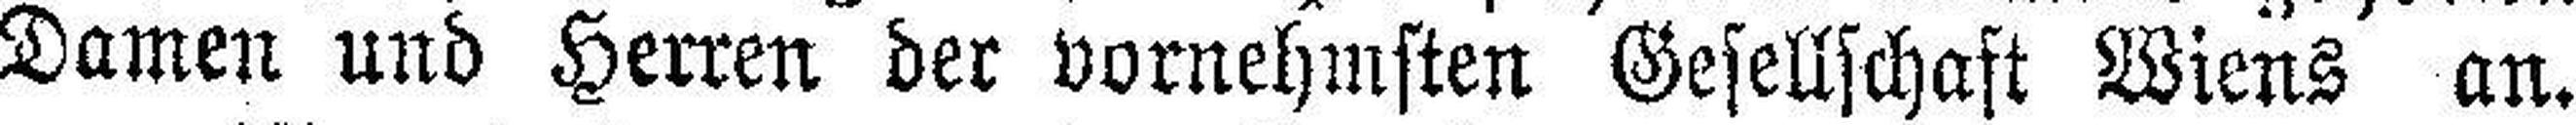
Damen und Herren der vornehmsten Gesellschaft Wiens an.